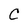
Character: C